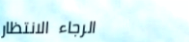
الرجاء الانتظار